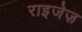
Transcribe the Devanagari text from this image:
राइजेज़